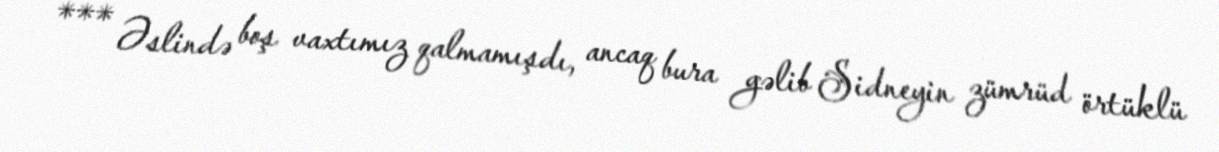
*** Əslində boş vaxtımız qalmamışdı, ancaq bura gəlib Sidneyin zümrüd örtüklü